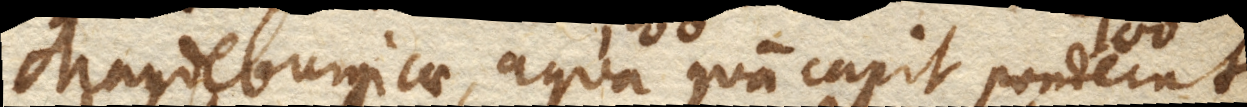
Magdeburgicae, aqua quam capit ponderat